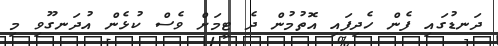
ދަނޑުގައި ފެން ހެދިފައި އޮތުމުން ދެ ޓީމަށް ވެސް ކުޅެން އުދަނގޫވި މި